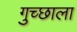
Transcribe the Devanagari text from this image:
गुच्छाला